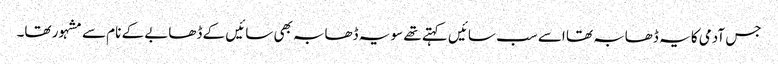
جس آدمی کا یہ ڈھابہ تھا اسے سب سائیں کہتے تھے سو یہ ڈھابہ بھی سائیں کے ڈھابے کے نام سے مشہور تھا۔